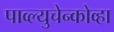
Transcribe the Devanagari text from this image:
पाव्ल्युचेन्कोव्हा